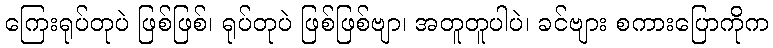
ကြေးရုပ်တုပဲ ဖြစ်ဖြစ်၊ ရုပ်တုပဲ ဖြစ်ဖြစ်ဗျာ၊ အတူတူပါပဲ၊ ခင်ဗျား စကားပြောကိုက